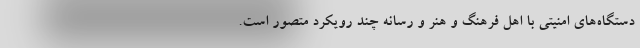
دستگاه‌های امنیتی با اهل فرهنگ و هنر و رسانه چند رویکرد متصور است.